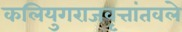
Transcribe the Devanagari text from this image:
कलियुगराजवृत्तांतवले